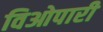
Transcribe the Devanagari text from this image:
विओपारी